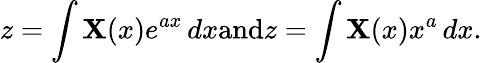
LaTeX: z=\int\mathbf{X}(x)e^{ax}\, dx{\mathrm{{and}}}z=\int\mathbf{X}(x)x^{a}\, dx.